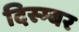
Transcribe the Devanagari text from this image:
दिस्म्बर